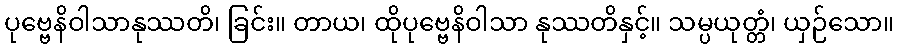
ပုဗ္ဗေနိဝါသာနုဿတိ၊ ခြင်း။ တာယ၊ ထိုပုဗ္ဗေနိဝါသာ နုဿတိနှင့်။ သမ္ပယုတ္တံ၊ ယှဉ်သော။